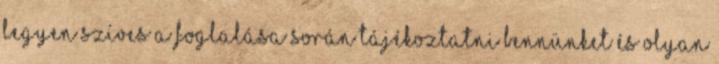
legyen szíves a foglalása során tájékoztatni bennünket és olyan